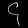
Digit: ၄